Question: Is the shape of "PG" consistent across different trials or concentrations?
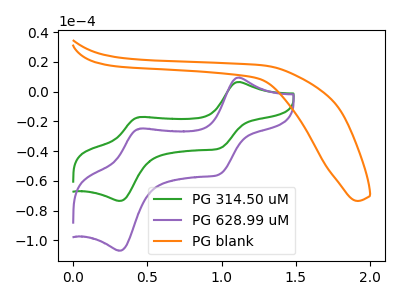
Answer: <think>The green curve "PG 314.50 uM" has anodic peaks at (1.10V, 6.50uA) (0.45V, -17.10uA) and cathodic peaks at (1.00V, -38.20uA) (0.30V, -73.55uA). The purple curve "PG 628.99 uM" has anodic peaks at (1.10V, 9.45uA) (0.45V, -24.90uA) and cathodic peaks at (1.00V, -55.55uA) (0.30V, -107.00uA). The orange curve "PG blank" has no peaks.
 All the peaks in "PG 314.50 uM" have a peak in "PG 628.99 uM" at the same potential. "PG 314.50 uM" and "PG blank" have a different number of peaks. "PG 628.99 uM" and "PG blank" have a different number of peaks.</think>
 <answer>All the CV's of "PG" have similar shape.</answer>
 <eval>follow_rule</eval>